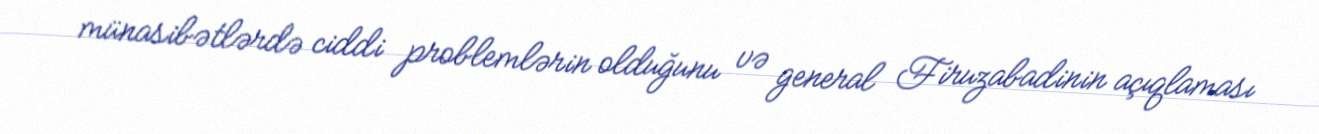
münasibətlərdə ciddi problemlərin olduğunu və general Firuzabadinin açıqlaması